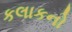
કલાકનો